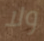
ولا